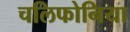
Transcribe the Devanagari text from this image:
चलिफोनिया